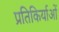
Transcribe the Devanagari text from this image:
प्रतिकिर्याओं